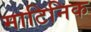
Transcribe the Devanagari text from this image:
माटिनिक